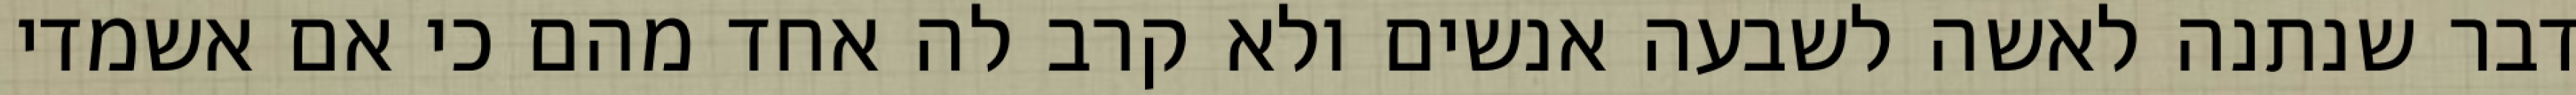
דבר שנתנה לאשה לשבעה אנשים ולא קרב לה אחד מהם כי אם אשמדי‏